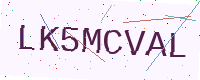
Text: LK5MCVAL